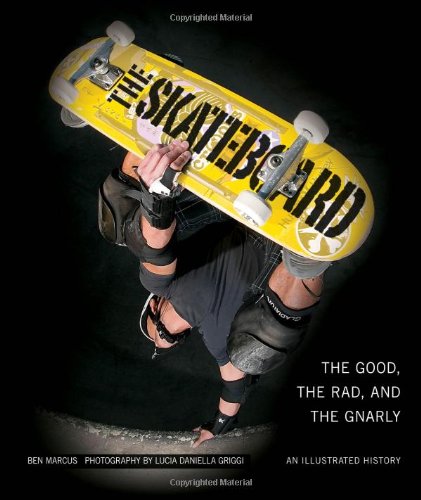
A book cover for The Skateboard: The Good, the Rad, and the Gnarly: An Illustrated History; Ben Marcus; Sports & Outdoors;